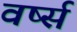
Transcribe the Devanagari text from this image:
वर्ष्स